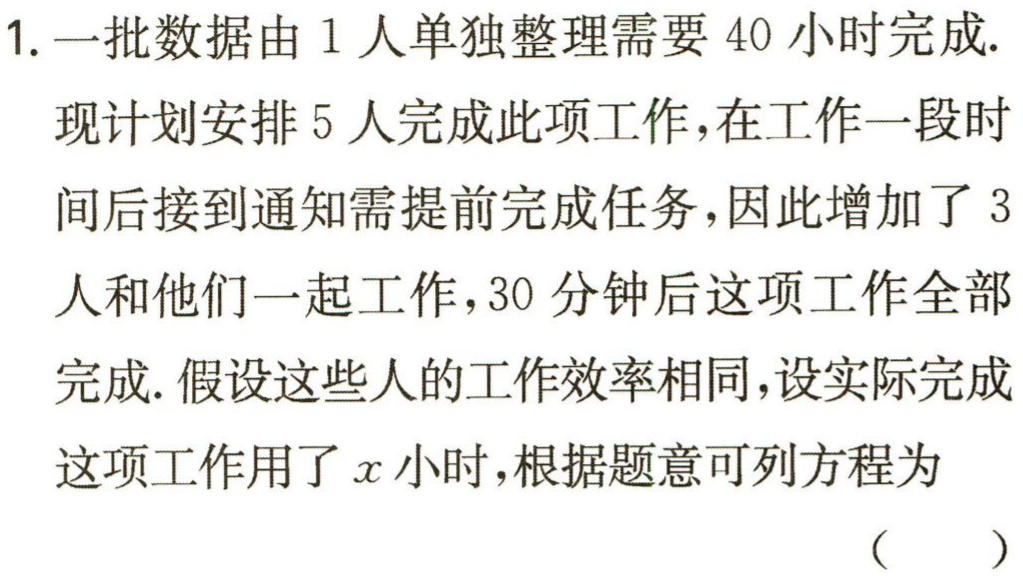
1. 一批数据由 1 人单独整理需要 40 小时完成.
现计划安排 5 人完成此项工作，在工作一段时间后接到通知需提前完成任务，因此增加了 3 人和他们一起工作，30 分钟后这项工作全部完成. 假设这些人的工作效率相同，设实际完成这项工作用了\(x\)小时，根据题意可列方程为
（  ）